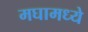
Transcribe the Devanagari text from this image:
मघामध्ये